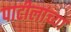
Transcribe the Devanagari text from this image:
पाटीलांच्या